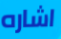
اشاره